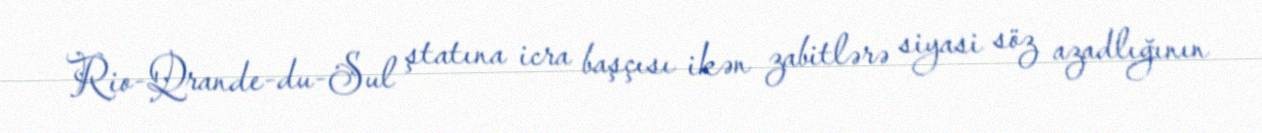
Rio-Qrande-du-Sul ştatına icra başçısı ikən zabitlərə siyasi söz azadlığının